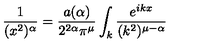
\frac { 1 } { ( x ^ { 2 } ) ^ { \alpha } } = \frac { a ( \alpha ) } { 2 ^ { 2 \alpha } \pi ^ { \mu } } \int _ { k } \frac { e ^ { i k x } } { ( k ^ { 2 } ) ^ { \mu - \alpha } }